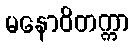
မနောဝိတက္ကာ